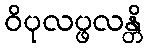
ဝိပုလပ္ဖလန္တိ